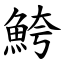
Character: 鮬